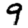
Digit: 9